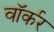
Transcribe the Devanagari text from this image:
वाॅर्कर